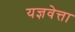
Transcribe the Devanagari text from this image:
यज्ञवेत्ता